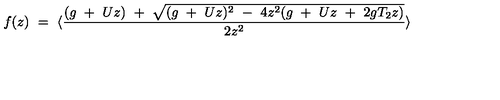
f ( z ) \ = \ \langle { \frac { ( g \ + \ U z ) \ + \ \sqrt { ( g \ + \ U z ) ^ { 2 } \ - \ 4 z ^ { 2 } ( g \ + \ U z \ + \ 2 g T _ { 2 } z ) } } { 2 z ^ { 2 } } } \rangle